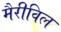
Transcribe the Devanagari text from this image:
मैरीविल